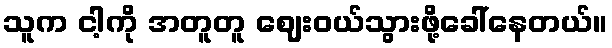
သူက ငါ့ကို အတူတူ ဈေးဝယ်သွားဖို့ခေါ်နေတယ်။